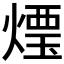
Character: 𰟒